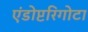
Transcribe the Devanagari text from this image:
एंडोप्टरिगोटा